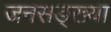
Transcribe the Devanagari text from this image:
जनसङ्ख्या